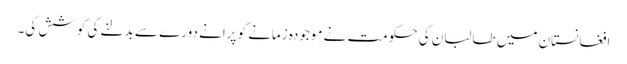
افغانستان میں طالبان کی حکومت نے موجودہ زمانے کو پرانے دورے سے بدلنے کی کوشش کی۔